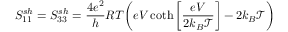
S _ { 1 1 } ^ { s h } = S _ { 3 3 } ^ { s h } = \frac { 4 e ^ { 2 } } { h } R T \bigg ( e V \coth \left[ \frac { e V } { 2 k _ { B } \mathcal { T } } \right] - 2 k _ { B } \mathcal { T } \bigg )